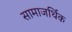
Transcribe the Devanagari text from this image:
सामाजर्थिक